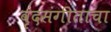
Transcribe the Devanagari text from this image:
वृंदसंगीताचा